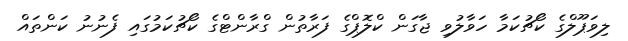
ލިވަޕޫލްގެ ކޯޗުކަމާ ހަވާލުވި ޖާގަން ކްލޮޕްގެ ފަރާތުން ގްރާންޓްގެ ކޯޗުކަމުގައި ފެނުނު ކަންތައް